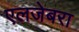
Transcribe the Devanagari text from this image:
एलजेबरा